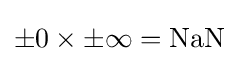
{\pm 0}\times {\pm \infty }={\mbox{NaN}}\,\!